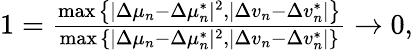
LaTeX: \begin{array}{r}{1=\frac{\operatorname*{max}{\left\{ |\Delta\mu_{n}-\Delta\mu_{n}^{*}|^{2},|\Delta v_{n}-\Delta v_{n}^{*}|\right\} }}{\operatorname*{max}{\left\{ |\Delta\mu_{n}-\Delta\mu_{n}^{*}|^{2},|\Delta v_{n}-\Delta v_{n}^{*}|\right\} }}\to 0,}\end{array}